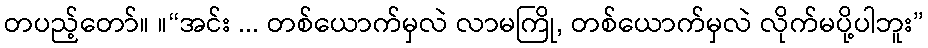
တပည့်တော်။ ။“အင်း ... တစ်ယောက်မှလဲ လာမကြို, တစ်ယောက်မှလဲ လိုက်မပို့ပါဘူး”